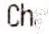
CHANGE